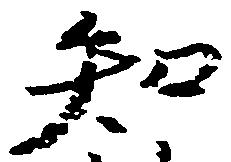
知